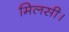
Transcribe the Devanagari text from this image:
मिलसी।